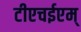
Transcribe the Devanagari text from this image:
टीएचईएम्